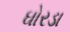
ઘોરડા